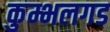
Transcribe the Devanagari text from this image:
कुम्भलगड